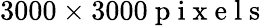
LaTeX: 3000\times 3000\mathrm{~p~i~x~e~l~s~}